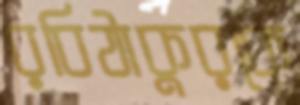
রবিঠাকুরকে